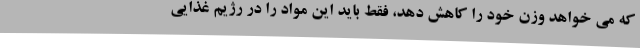
که می خواهد وزن خود را کاهش دهد، فقط باید این مواد را در رژیم غذایی